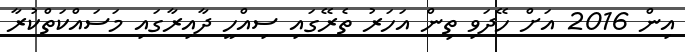
އިން 2016 އަށް ހޭދަވި ތިން އަހަރު ތެރޭގައި ސިއްހީ ދާއިރާގައި މަސައްކަތްކުރާ